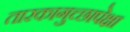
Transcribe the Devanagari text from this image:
तारकागुच्छापेक्षा